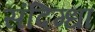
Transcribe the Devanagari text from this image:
संदिग्धा